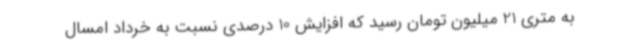
به متری 21 میلیون تومان رسید که افزایش 10 درصدی نسبت به خرداد امسال